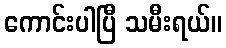
ကောင်းပါပြီ သမီးရယ်။